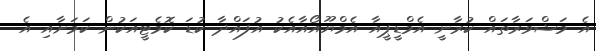
އެ މަޝްވަރާތައް ކުރާނީ އެމްޑީޕީއާ އެމްޔޫއޯއާއެކު އުފައްދާ ކުޑަ ކޮމެޓީއަކުން ކަމަށާއި އެ